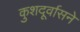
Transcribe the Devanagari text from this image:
कुशदूर्वासने